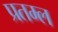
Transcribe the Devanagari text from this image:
प्रतम्ल